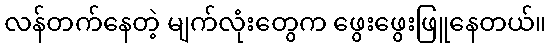
လန်တက်နေတဲ့ မျက်လုံးတွေက ဖွေးဖွေးဖြူနေတယ်။